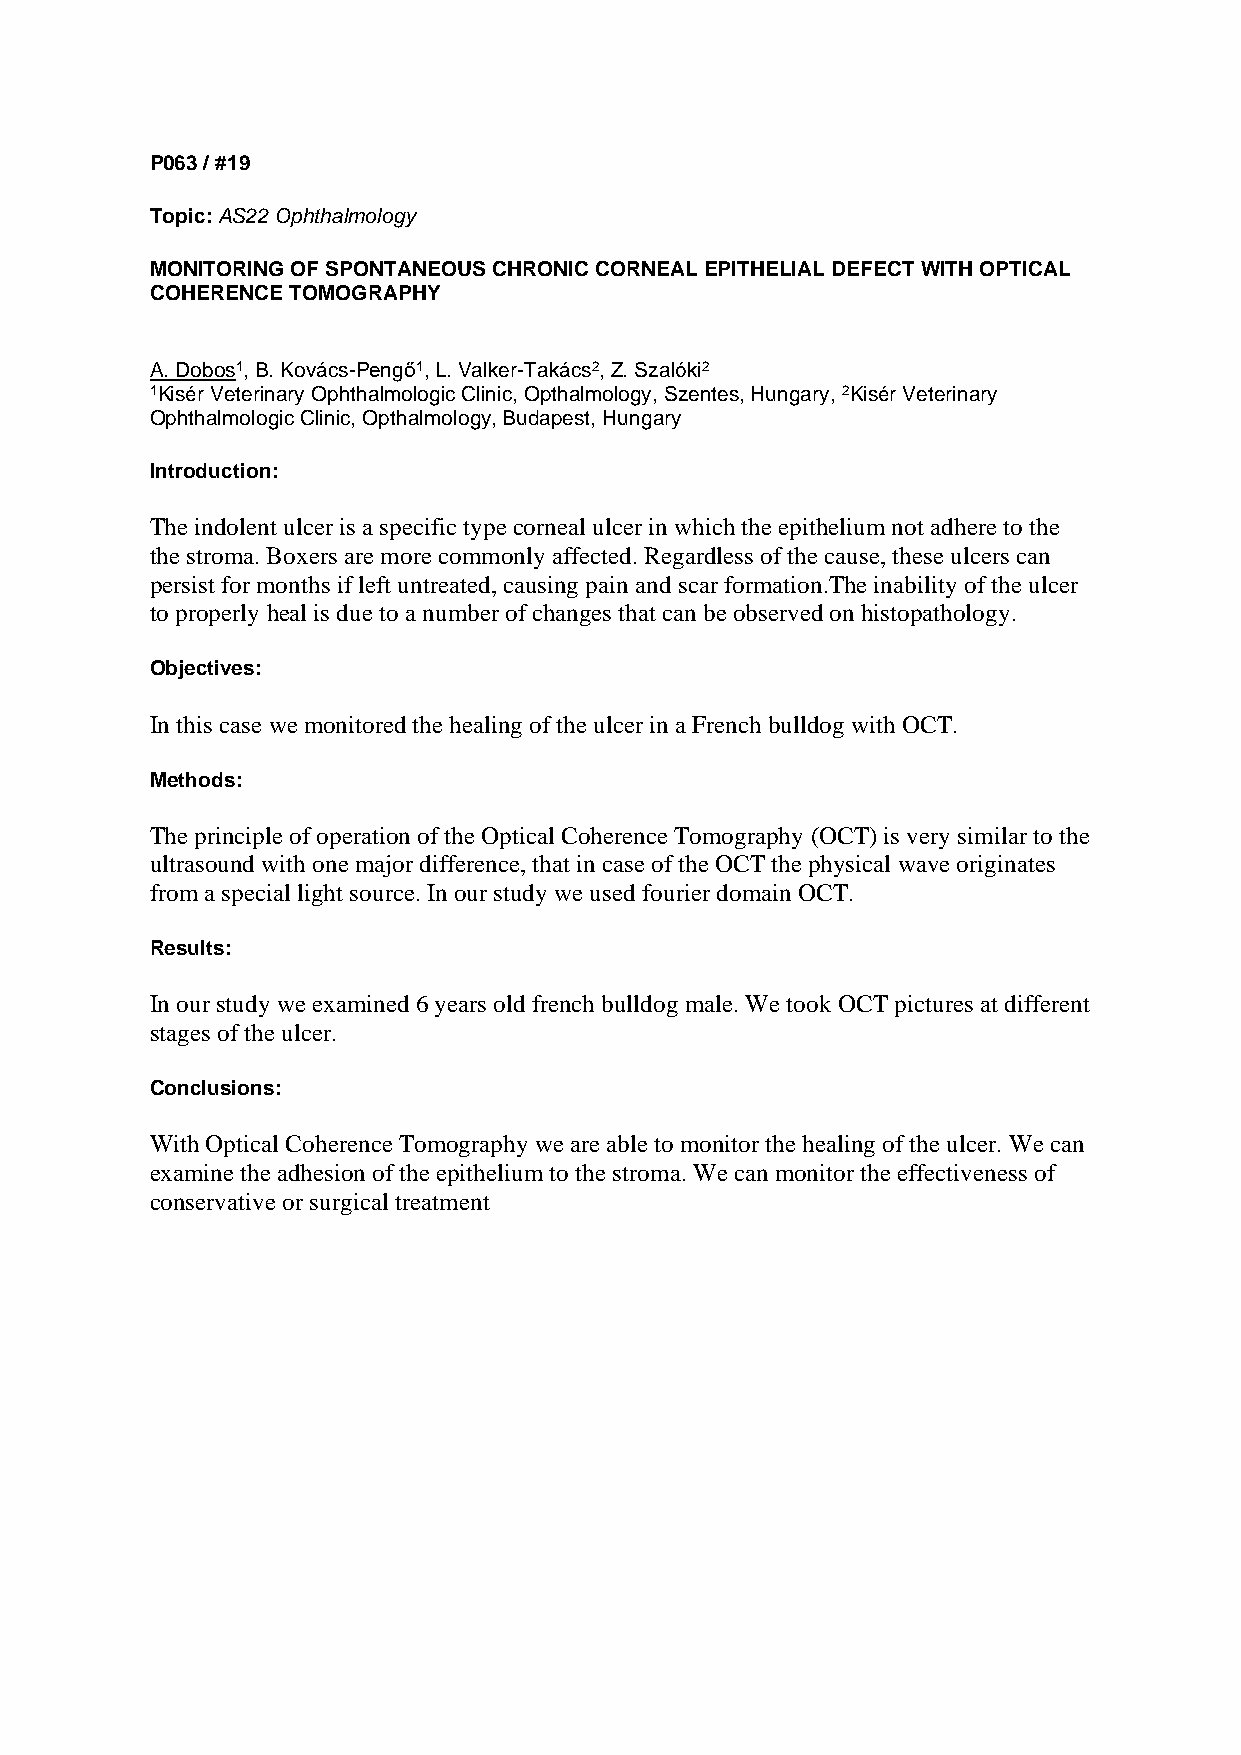
P063 / #19
 Topic: AS22 Ophthalmology
 MONITORING OF SPONTANEOUS CHRONIC CORNEAL EPITHELIAL DEFECT WITH OPTICAL
 COHERENCE TOMOGRAPHY
 A. Dobos1, B. Kovács-Pengő1, L. Valker-Takács2, Z. Szalóki2
 1Kisér Veterinary Ophthalmologic Clinic, Opthalmology, Szentes, Hungary, 2Kisér Veterinary
 Ophthalmologic Clinic, Opthalmology, Budapest, Hungary
 Introduction:
 The indolent ulcer is a specific type corneal ulcer in which the epithelium not adhere to the
 the stroma. Boxers are more commonly affected. Regardless of the cause, these ulcers can
 persist for months if left untreated, causing pain and scar formation.The inability of the ulcer
 to properly heal is due to a number of changes that can be observed on histopathology.
 Objectives:
 In this case we monitored the healing of the ulcer in a French bulldog with OCT.
 Methods:
 The principle of operation of the Optical Coherence Tomography (OCT) is very similar to the
 ultrasound with one major difference, that in case of the OCT the physical wave originates
 from a special light source. In our study we used fourier domain OCT.
 Results:
 In our study we examined 6 years old french bulldog male. We took OCT pictures at different
 stages of the ulcer.
 Conclusions:
 With Optical Coherence Tomography we are able to monitor the healing of the ulcer. We can
 examine the adhesion of the epithelium to the stroma. We can monitor the effectiveness of
 conservative or surgical treatment